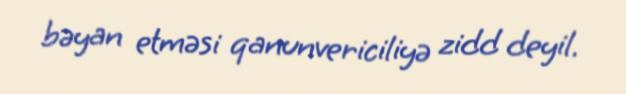
bəyan etməsi qanunvericiliyə zidd deyil.